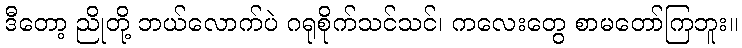
ဒီတော့ ညိုတို့ ဘယ်လောက်ပဲ ဂရုစိုက်သင်သင်၊ ကလေးတွေ စာမတော်ကြဘူး။